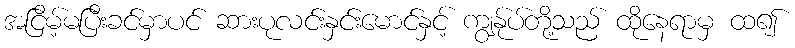
အငြိမ့်မပြီးခင်မှာပင် ဆားပုလင်းနှင်းမောင်နှင့် ကျွန်ုပ်တို့သည် ထိုနေရာမှ ထ၍